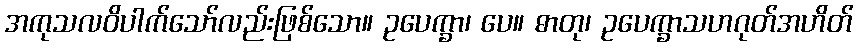
အကုသလဝိပါက်သော်လည်းဖြစ်သော။ ဥပေက္ခာ၊ ပေ။ ဓာတု၊ ဥပေက္ခာသဟဂုတ်အဟိတ်